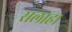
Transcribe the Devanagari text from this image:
सलाह।